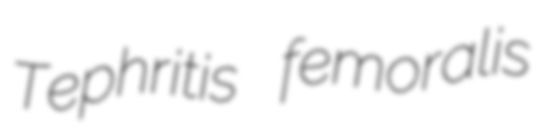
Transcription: Tephritis femoralis